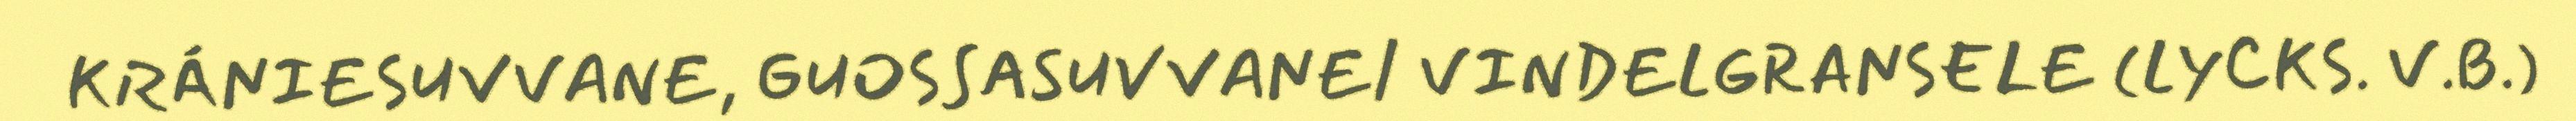
KRÁNIESUVVANE, GUOSSASUVVANE/ VINDELGRANSELE (LYCKS. V.B.)